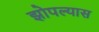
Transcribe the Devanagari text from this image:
झोपल्यास